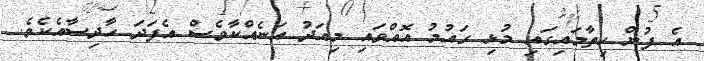
އެ ފުން ހިތާމައިގައި މުޅި ގައުމު އޮއްވައި މިއަދު އަނެއްކާވެސް އެފަދަ ހާދިސާއެކެވެ.